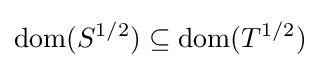
\operatorname {dom} (S^{1/2})\subseteq \operatorname {dom} (T^{1/2})